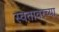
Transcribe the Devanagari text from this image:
स्वतावरच्या